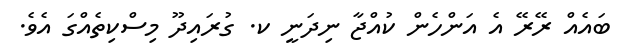
ބައެއް ރޭރޭ އެ އަންހެން ކުއްޖާ ނިދަނީ ކ. ގުރައިދޫ މިސްކިތެއްގަ އެވެ.